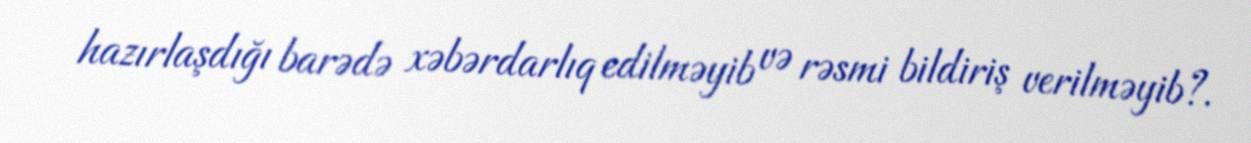
hazırlaşdığı barədə xəbərdarlıq edilməyib və rəsmi bildiriş verilməyib?.